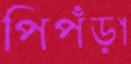
পিপঁড়া